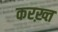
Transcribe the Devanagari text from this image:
करख़्त